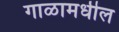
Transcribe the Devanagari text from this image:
गाळामधील